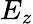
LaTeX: E_{z}